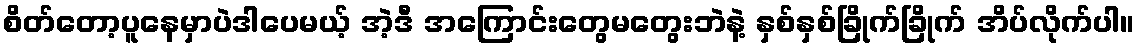
စိတ်တော့ပူနေမှာပဲဒါပေမယ့် အဲ့ဒီ အကြောင်းတွေမတွေးဘဲနဲ့ နှစ်နှစ်ခြိုက်ခြိုက် အိပ်လိုက်ပါ။